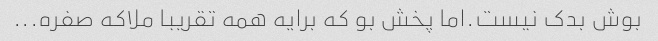
بوش بدک نیست‌.اما پخش بو که برایه همه تقریبا ملاکه صفره...